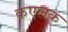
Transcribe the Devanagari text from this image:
कएलक